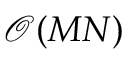
\mathcal { O } ( M N )